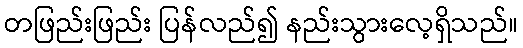
တဖြည်းဖြည်း ပြန်လည်၍ နည်းသွားလေ့ရှိသည်။